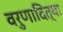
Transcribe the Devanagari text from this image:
वरुणादित्या